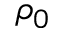
\rho _ { 0 }